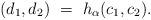
LaTeX: \begin{align*}(d_1,d_2) \ = \ h_{\alpha}(c_1,c_2).\end{align*}